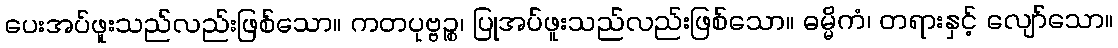
ပေးအပ်ဖူးသည်လည်းဖြစ်သော။ ကတပုဗ္ဗဉ္စ၊ ပြုအပ်ဖူးသည်လည်းဖြစ်သော။ ဓမ္မိကံ၊ တရားနှင့် လျော်သော။